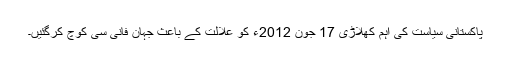
پاکستانی سیاست کی اہم کھلاڑی 17 جون 2012ء کو علالت کے باعث جہان فانی سی کوچ کرگئیں۔